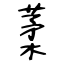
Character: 葇